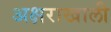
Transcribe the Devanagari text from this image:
अक्षराखाली